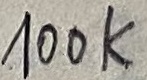
Text: 100K